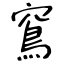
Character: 窵